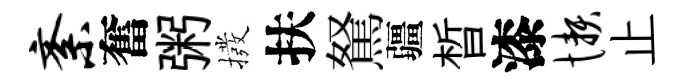
紊奮粥撥扶駑疆晳漆懒止